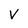
Character: v